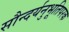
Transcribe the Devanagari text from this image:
सौन्दर्यनुभूतिपरक